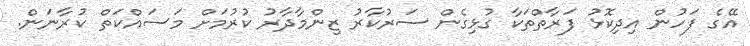
އޭގެ ފަހުން އިދިކޮޅު ފަރާތްތަކާ ގުޅިގެން ސަރުކާރު ޒިންމާދާރު ކުރުމަށް މަސައްކަތް ކުރާނަން.